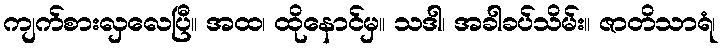
ကျက်စားလှလေပြီ။ အထ၊ ထိုနောင်မှ။ သဒါ၊ အခါခပ်သိမ်း။ ဇာတိသာရံ၊